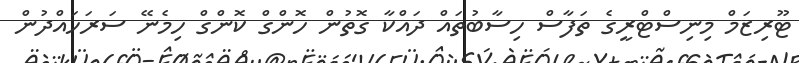
ޓޫރިޒަމް މިނިސްޓްރީގެ ތަފާސް ހިސާބުތައް ދައްކާ ގޮތުން ހޮންގް ކޮންގް ހިމެނޭ ސަރަހައްދުން